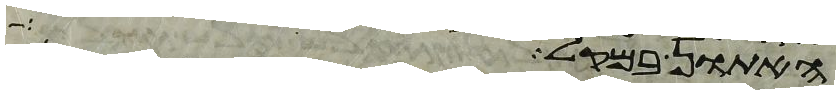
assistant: האתון במקל